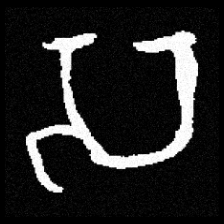
Pyu character \u2014 Myanmar letter: သ (romanized: sa)